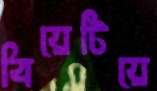
বিয়েটিয়ে